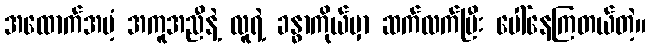
အထောက်အပံ့ အကူအညီနဲ့ လူရဲ့ ခန္ဓာကိုယ်မှာ ဆက်လက်ပြီး ပေါ်နေကြတယ်တဲ့။